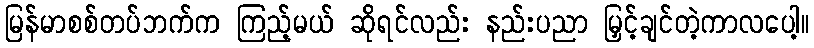
မြန်မာစစ်တပ်ဘက်က ကြည့်မယ် ဆိုရင်လည်း နည်းပညာ မြှင့်ချင်တဲ့ကာလပေါ့။